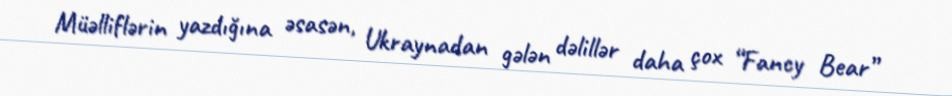
Müəlliflərin yazdığına əsasən, Ukraynadan gələn dəlillər daha çox “Fancy Bear”